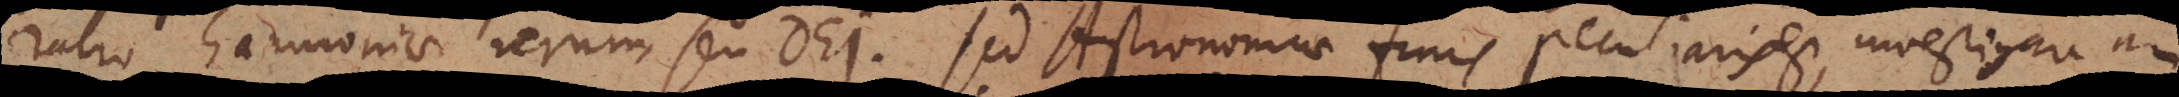
ratio harmoniae rerum, seu DEI. Sed Astronomiae finis peculiaris est, investigare, an